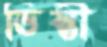
ভিস্তী